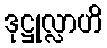
ဒုဋ္ဌုလ္လာဟိ